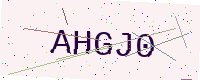
Text: AHGJ0